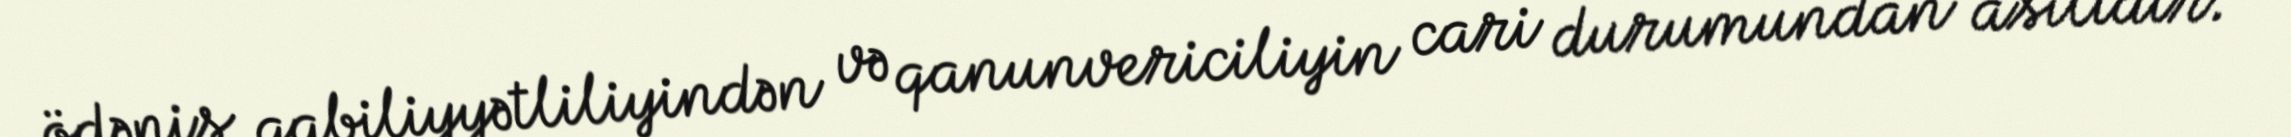
ödəniş qabiliyyətliliyindən və qanunvericiliyin cari durumundan asılıdır.